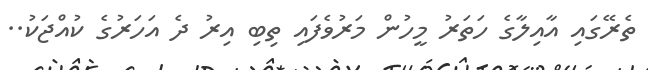
ތެރޭގައި އާއިލާގެ ހަތަރު މީހުން މަރުވެފައި ތިބި އިރު ދެ އަހަރުގެ ކުއްޖަކު..